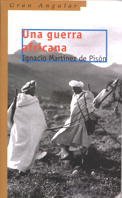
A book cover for Una Guerra Africana/ An African War (Gran Angular) (Spanish Edition); I. Martinez; Teen & Young Adult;